DOW-UAP-D16, Mission Report, Syria, July 2022
Agency: Department of War
Incident date: 7/31/22
Incident location: Syria
Page 5
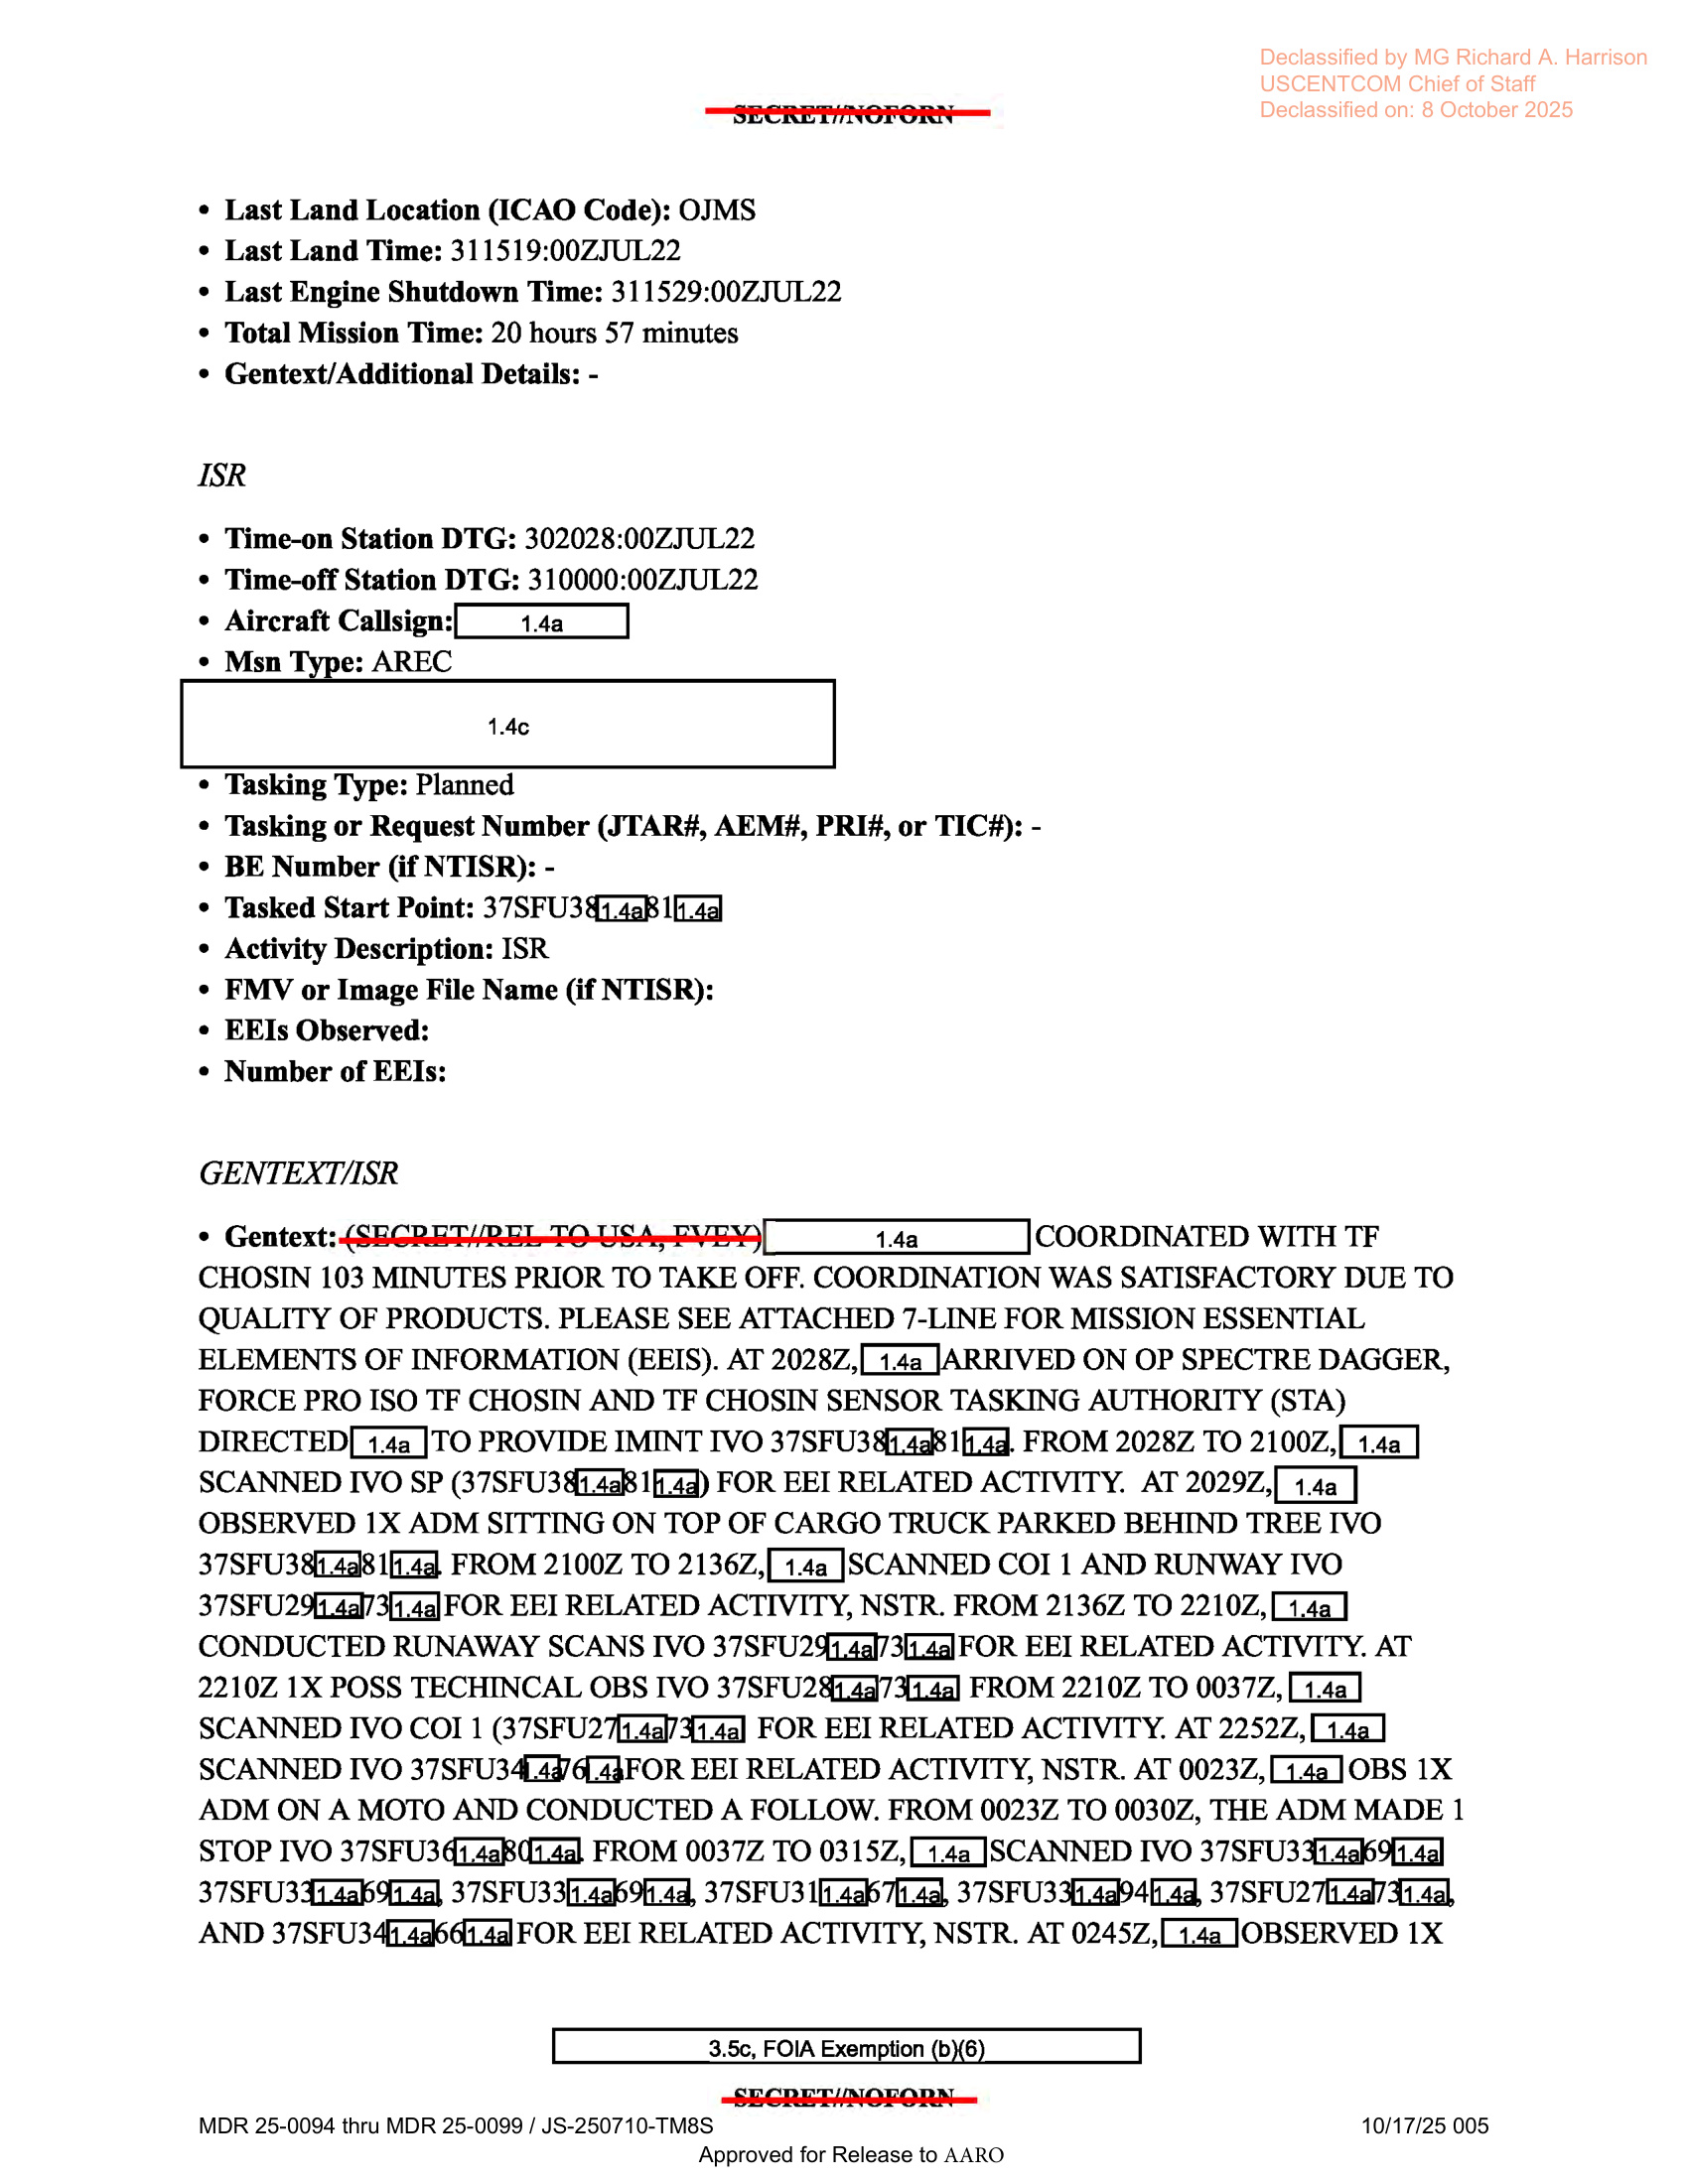